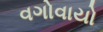
વગોવાયો